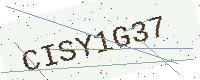
Text: CISY1G37